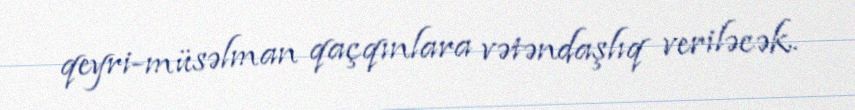
qeyri-müsəlman qaçqınlara vətəndaşlıq veriləcək.